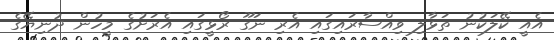
އެއީ ކޭލަކުނު ތަޅާލި ވިއްސާރައިގައި އެރި ނަގޫ ރޯޅީގައި އެރަށުގެ މީހުން ދުނިޔޭގެ